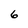
Character: 6